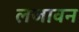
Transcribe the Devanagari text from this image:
लजावन